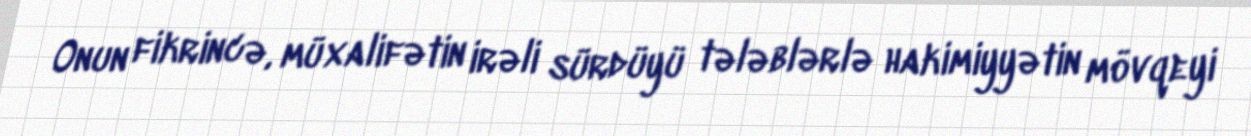
Onun fikrincə, müxalifətin irəli sürdüyü tələblərlə hakimiyyətin mövqeyi